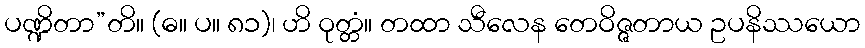
ပဏ္ဍိတာ”တိ။ (ဓ။ ပ။ ၈၁)၊ ဟိ ဝုတ္တံ။ တထာ သီလေန တေဝိဇ္ဇတာယ ဥပနိဿယော